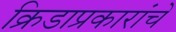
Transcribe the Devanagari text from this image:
क्रिडाप्रकारांचे